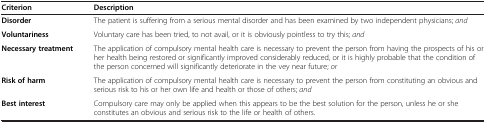
<table><thead><tr><td><b>Criterion</b></td><td><b>Description</b></td></tr></thead><tbody><tr><td><b>Disorder</b></td><td>The patient is suffering from a serious mental disorder and has been examined by two independent physicians; <i>and</i></td></tr><tr><td><b>Voluntariness</b></td><td>Voluntary care has been tried, to not avail, or it is obviously pointless to try this; <i>and</i></td></tr><tr><td><b>Necessary treatment</b></td><td>The application of compulsory mental health care is necessary to prevent the person from having the prospects of his or her health being restored or significantly improved considerably reduced, or it is highly probable that the condition of the person concerned will significantly deteriorate in the vey near future; <i>or</i></td></tr><tr><td><b>Risk of harm</b></td><td>The application of compulsory mental health care is necessary to prevent the person from constituting an obvious and serious risk to his or her own life and health or those of others; <i>and</i></td></tr><tr><td><b>Best interest</b></td><td>Compulsory care may only be applied when this appears to be the best solution for the person, unless he or she constitutes an obvious and serious risk to the life or health of others.</td></tr></tbody></table>